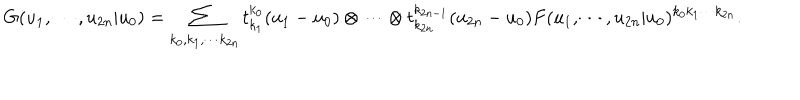
G ( u _ { 1 } , \cdots , u _ { 2 n } | u _ { 0 } ) = \sum _ { k _ { 0 } , k _ { 1 } , \cdots k _ { 2 n } } t _ { k _ { 1 } } ^ { k _ { 0 } } ( u _ { 1 } - u _ { 0 } ) \otimes \cdots \otimes t _ { k _ { 2 n } } ^ { k _ { 2 n - 1 } } ( u _ { 2 n } - u _ { 0 } ) F ( u _ { 1 } , \cdots , u _ { 2 n } | u _ { 0 } ) ^ { k _ { 0 } k _ { 1 } \cdots k _ { 2 n } } .